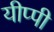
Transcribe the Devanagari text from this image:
यीप्पी